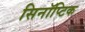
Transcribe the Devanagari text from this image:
सिनॉप्टिक